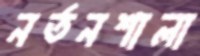
নর্তনশালা